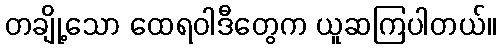
တချို့သော ထေရဝါဒီတွေက ယူဆကြပါတယ်။